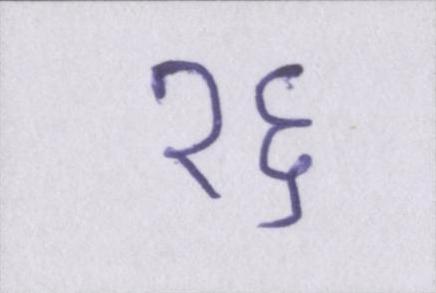
१६